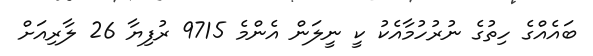
ބައެއްގެ ހިތުގެ ނުރުހުމާއެކު ކީ ނީލަން އެންމެ 9715 ރުފިޔާ 26 ލާރިއަށް